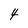
Character: 4